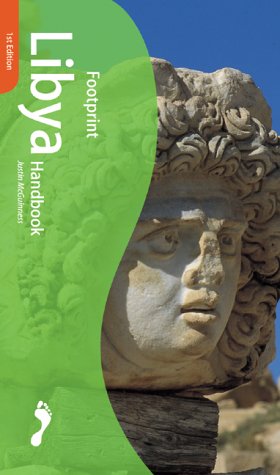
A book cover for Footprint Libya Handbook: The Travel Guide (Footprint Handbooks); James Azema; Travel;